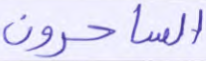
الساحرون